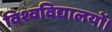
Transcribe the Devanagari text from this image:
विश्वविद्यालयों।